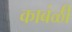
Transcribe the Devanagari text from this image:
काबंळी